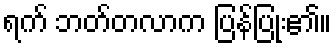
ရက် ဘတ်တလာက ပြန်ပြုံး၏။